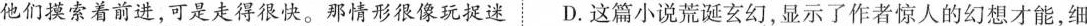
他们摸索着前进，可是走得很快。那情形很像玩捉迷D.这篇小说荒诞玄幻，显示了作者惊人的幻想才能，细